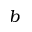
b